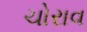
ચોરાવ